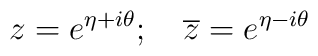
z= e^{\eta +i\theta };\quad \overline{z}= e^{\eta -i\theta }